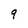
Character: 9